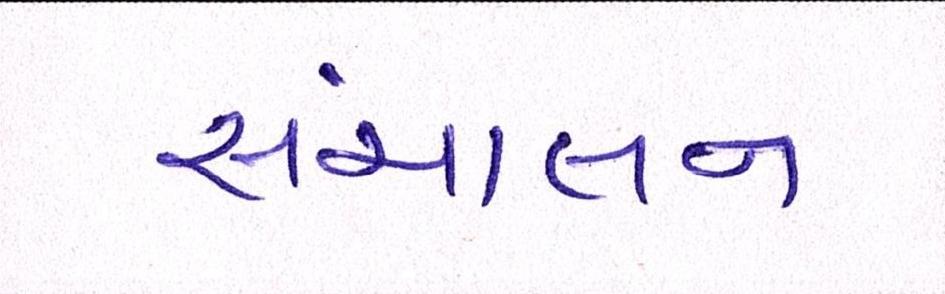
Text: સંચાલન